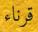
قرناء